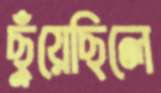
ছুঁয়েছিলে